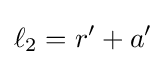
\ell _{2}=r'+a'